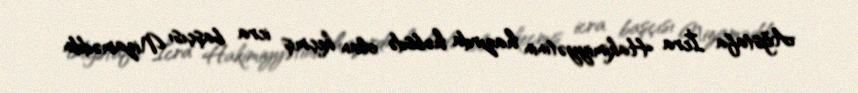
Ağstafa İcra Hakimiyyətinin hazırda həbsdə olan keçmiş icra başçısı Nizaməddin